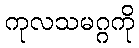
ကုလသမဂ္ဂကို